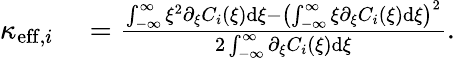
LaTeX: \begin{array}{rl}{\kappa_{\mathrm{eff},i}}&{{}=\frac{\int_{-\infty}^{\infty}\xi^{2}\partial_{\xi}C_{i}(\xi)\mathrm{d}\xi-\left(\int_{-\infty}^{\infty}\xi\partial_{\xi}C_{i}(\xi)\mathrm{d}\xi\right)^{2}}{2\int_{-\infty}^{\infty}\partial_{\xi}C_{i}(\xi)\mathrm{d}\xi}.}\end{array}